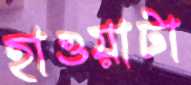
হাওয়াটা